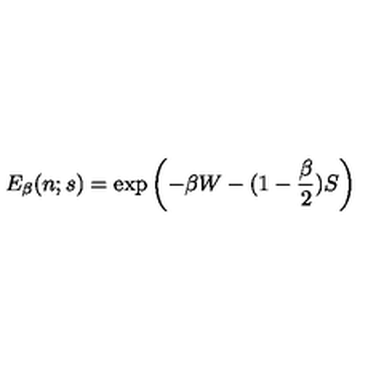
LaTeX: E _ { \beta } ( n ; s ) = \exp \left( - \beta W - ( 1 - { \frac { \beta } { 2 } } ) S \right)